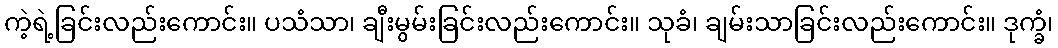
ကဲ့ရဲ့ခြင်းလည်းကောင်း။ ပသံသာ၊ ချီးမွမ်းခြင်းလည်းကောင်း။ သုခံ၊ ချမ်းသာခြင်းလည်းကောင်း။ ဒုက္ခံ၊